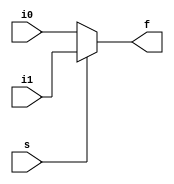
module mux2to1(i0,i1,s,f);
	input i0,i1,s;
	output f;
	assign f = s ? i1 : i0;
	
endmodule